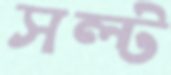
সল্ট